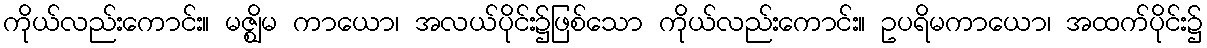
ကိုယ်လည်းကောင်း။ မဇ္ဈိမ ကာယော၊ အလယ်ပိုင်း၌ဖြစ်သော ကိုယ်လည်းကောင်း။ ဥပရိမကာယော၊ အထက်ပိုင်း၌